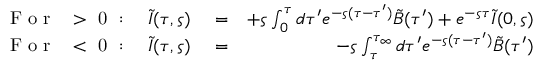
\begin{array} { r l r } { \mathrm { ~ F ~ o ~ r ~ \varsigma ~ > ~ 0 ~ } : \quad \tilde { I } ( \tau , \varsigma ) } & { { } = } & { + \varsigma \int _ { 0 } ^ { \tau } d \tau ^ { \prime } e ^ { - \varsigma ( \tau - \tau ^ { \prime } ) } \tilde { B } ( \tau ^ { \prime } ) + e ^ { - \varsigma \tau } \tilde { I } ( 0 , \varsigma ) } \\ { \mathrm { ~ F ~ o ~ r ~ \varsigma ~ < ~ 0 ~ } : \quad \tilde { I } ( \tau , \varsigma ) } & { { } = } & { - \varsigma \int _ { \tau } ^ { \tau _ { \infty } } d \tau ^ { \prime } e ^ { - \varsigma ( \tau - \tau ^ { \prime } ) } \tilde { B } ( \tau ^ { \prime } ) } \end{array}